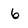
Character: 6